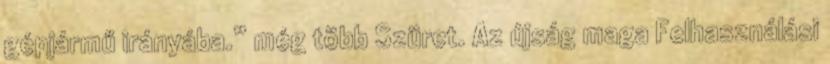
gépjármű irányába.” még több Szüret. Az újság maga Felhasználási